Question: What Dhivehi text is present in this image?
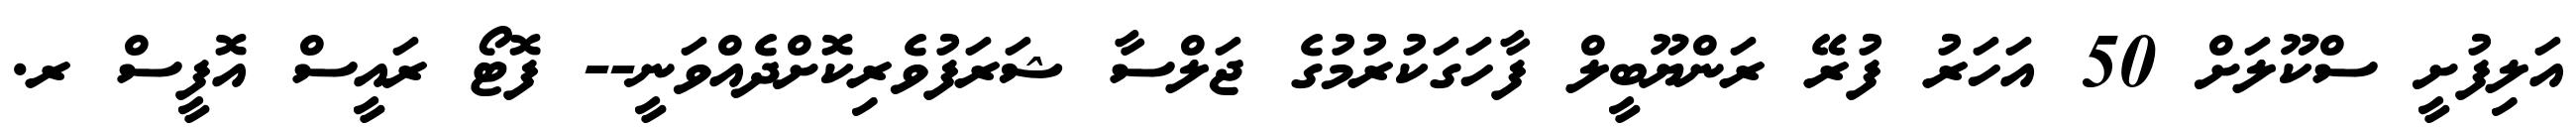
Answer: އަލިފުށީ ސްކޫލަށް 50 އަހަރު ފުރޭ ރަންޔޫބީލް ފާހަގަކުރުމުގެ ޖަލްސާ ޝަރަފުވެރިކޮށްދެއްވަނީ-- ފޮޓޯ ރައީސް އޮފީސް ރ.